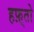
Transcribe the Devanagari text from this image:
हफ़्तो